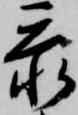
忝